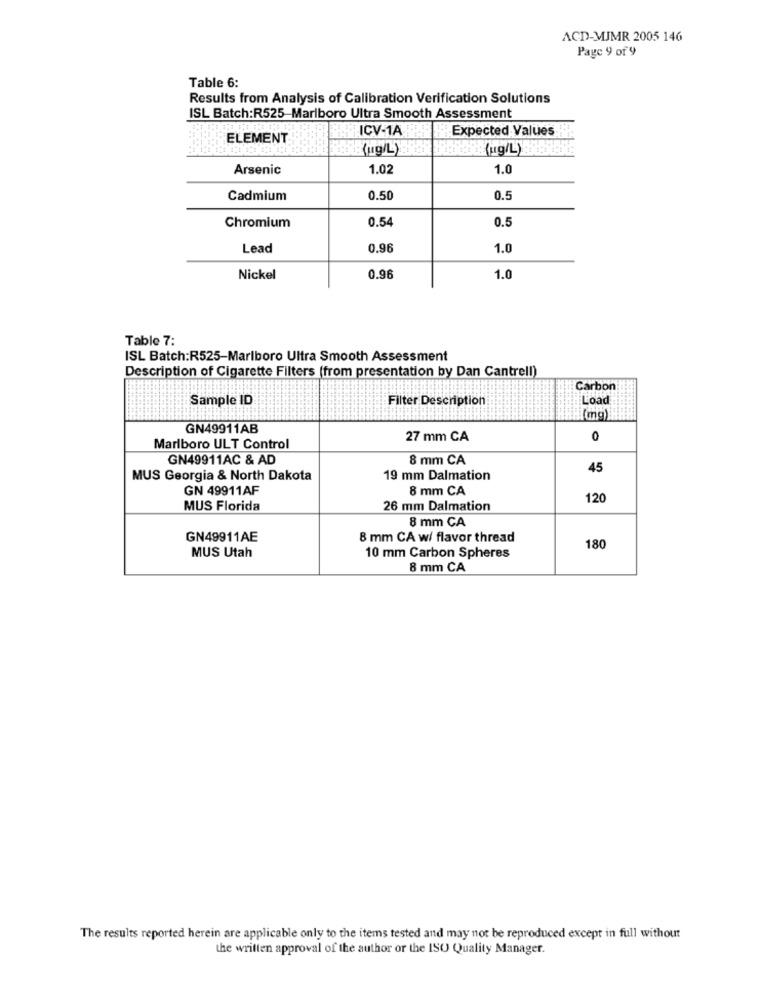
ACD-MJMR 2005 146
Page 9 of 9
Table 6:
Results from Analysis of Calibration Verification Solutions
ISL Batch:R525-Marlboro Ultra Smooth Assessment
ICV-1A
Expected Values
ELEMENT
(ug/L)
(ug/L)
Arsenic
1.02
1.0
Cadmium
0.50
0.5
0.54
Chromium
0.5
Lead
0.96
1.0
Nickel
0.96
1.0
Table 7:
ISL Batch:R525-Marlboro Ultra Smooth Assessment
Description of Cigarette Filters (from presentation by Dan Cantrell)
Carbon
Sample ID
Filter Description
Load
(mg)
GN49911AB
27 mm CA
0
Marlboro ULT Control
GN49911AC & AD
8 mm CA
45
MUS Georgia & North Dakota
19 mm Dalmation
GN 49911AF
8 mm CA
120
MUS Florida
26 mm Dalmation
8 mm CA
GN49911AE
8 mm CA w/ flavor thread
MUS Utah
180
10 mm Carbon Spheres
8 mm CA
The results reported herein are applicable only to the items tested and may not be reproduced except in full without
the written approval of the author or the ISO Quality Manager.